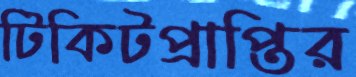
টিকিটপ্রাপ্তির